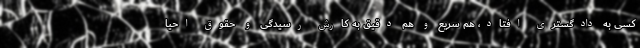
کسی به دادگستری افتاد، هم سریع و هم دقیق به کارش رسیدگی و حقوق احیا